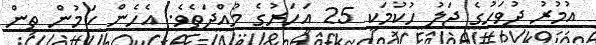
އުމުރު ދުވަހުގެ ޖަލު ހުކުމަކީ 25 އަހަރުގެ މުއްދަތެވެ. އެހެން ކަމުުން ތިން